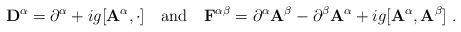
\begin{align*}{\bf D}^\alpha = \partial^\alpha + i g [{\bf A}^\alpha, \cdot ]\quad {\rm {and}} \quad{\bf F}^{\alpha \beta} = \partial^\alpha {\bf A}^\beta - \partial^\beta {\bf A}^\alpha + i g [{\bf A}^\alpha,{\bf A}^\beta ]\;.\end{align*}